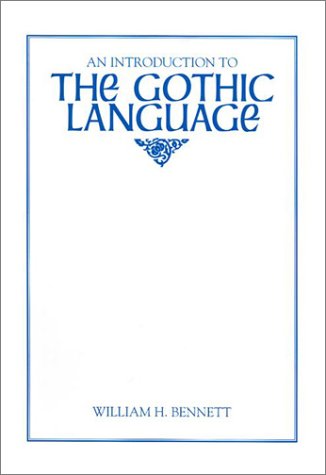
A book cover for An Introduction to the Gothic Language (Introductions to Older Languages); William H. Bennett; Reference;